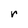
Character: r